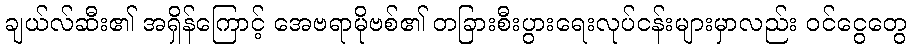
ချယ်လ်ဆီး၏ အရှိန်ကြောင့် အေဗရာမိုဗစ်၏ တခြားစီးပွားရေးလုပ်ငန်းများမှာလည်း ဝင်ငွေတွေ